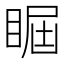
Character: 𥇵